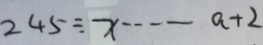
2 4 5 \div x \cdots a + 2